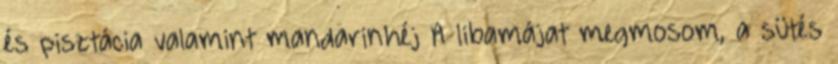
és pisztácia valamint mandarinhéj A libamájat megmosom, a sütés